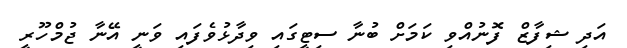
އަދި ޝިފާޒް ފޮނުއްވި ކަމަށް ބުނާ ސިޓީގައި ވިދާޅުވެފައި ވަނީ އޭނާ ޖުމްހޫރީ